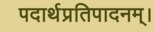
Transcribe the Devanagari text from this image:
पदार्थप्रतिपादनम्।